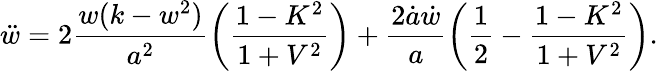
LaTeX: \ddot{w}=2\frac{w(k-w^{2})}{a^{2}}\left(\frac{1-K^{2}}{1+V^{2}}\right)+\frac{2\dot{a}\dot{w}}{a}\left(\frac 12-\frac{1-K^{2}}{1+V^{2}}\right).